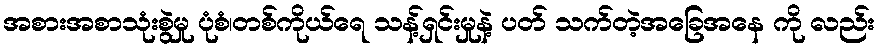
အစားအစာသုံးစွဲမှု ပုံစံ၊တစ်ကိုယ်ရေ သန့်ရှင်းမှုနဲ့ ပတ် သက်တဲ့အခြေအနေ ကို လည်း